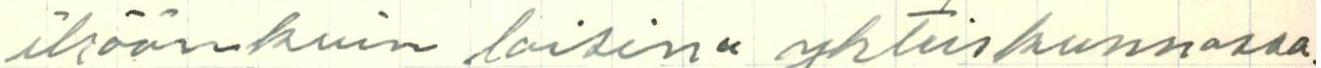
ikäänkuin loisina yhteiskunnassa.